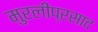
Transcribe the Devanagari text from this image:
मुरलीप्रसाद